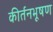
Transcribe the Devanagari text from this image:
कीर्तनभूषण